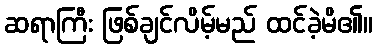
ဆရာကြီး ဖြစ်ချင်လိမ့်မည် ထင်ခဲ့မိ၏။